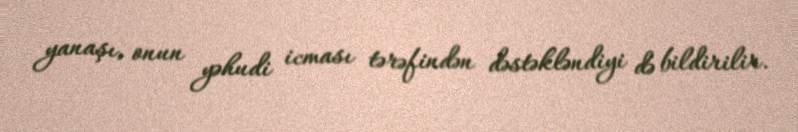
yanaşı, onun yəhudi icması tərəfindən dəstəkləndiyi də bildirilir.